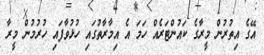
އޭގެ އިތުރުން މީރާގެ ކައުންޓަރެއް ހަމަ އެ އިމާރާތުގައި ހުޅުވާފައި ހުރުމުން މީރާ